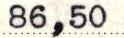
86,50